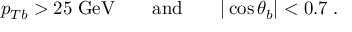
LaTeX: p _ { T b } > 2 5 \; \mathrm { G e V } \qquad \mathrm { a n d } \qquad | \cos \theta _ { b } | < 0 . 7 \; .